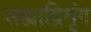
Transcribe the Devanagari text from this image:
सह्याद्रिशृंग